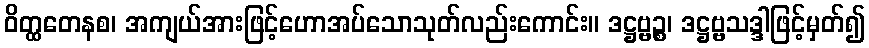
ဝိတ္ထတေနစ၊ အကျယ်အားဖြင့်ဟောအပ်သောသုတ်လည်းကောင်း။ ဒဋ္ဌဗ္ဗဉ္စ၊ ဒဋ္ဌဗ္ဗသဒ္ဒါဖြင့်မှတ်၍